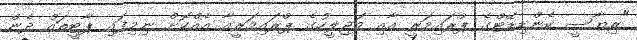
"ރިޔާސީ ކެންޑިޑޭޓްގެ ޕްރައިމަރީ އާއި މަޖިލީހުގެ ޕްރައިމަރީއާ އެއްކޮށް ނިމިފައި ޕާޓީތައް ދެން